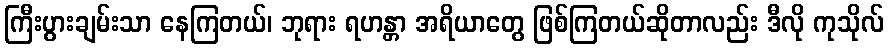
ကြီးပွားချမ်းသာ နေကြတယ်၊ ဘုရား ရဟန္တာ အရိယာတွေ ဖြစ်ကြတယ်ဆိုတာလည်း ဒီလို ကုသိုလ်